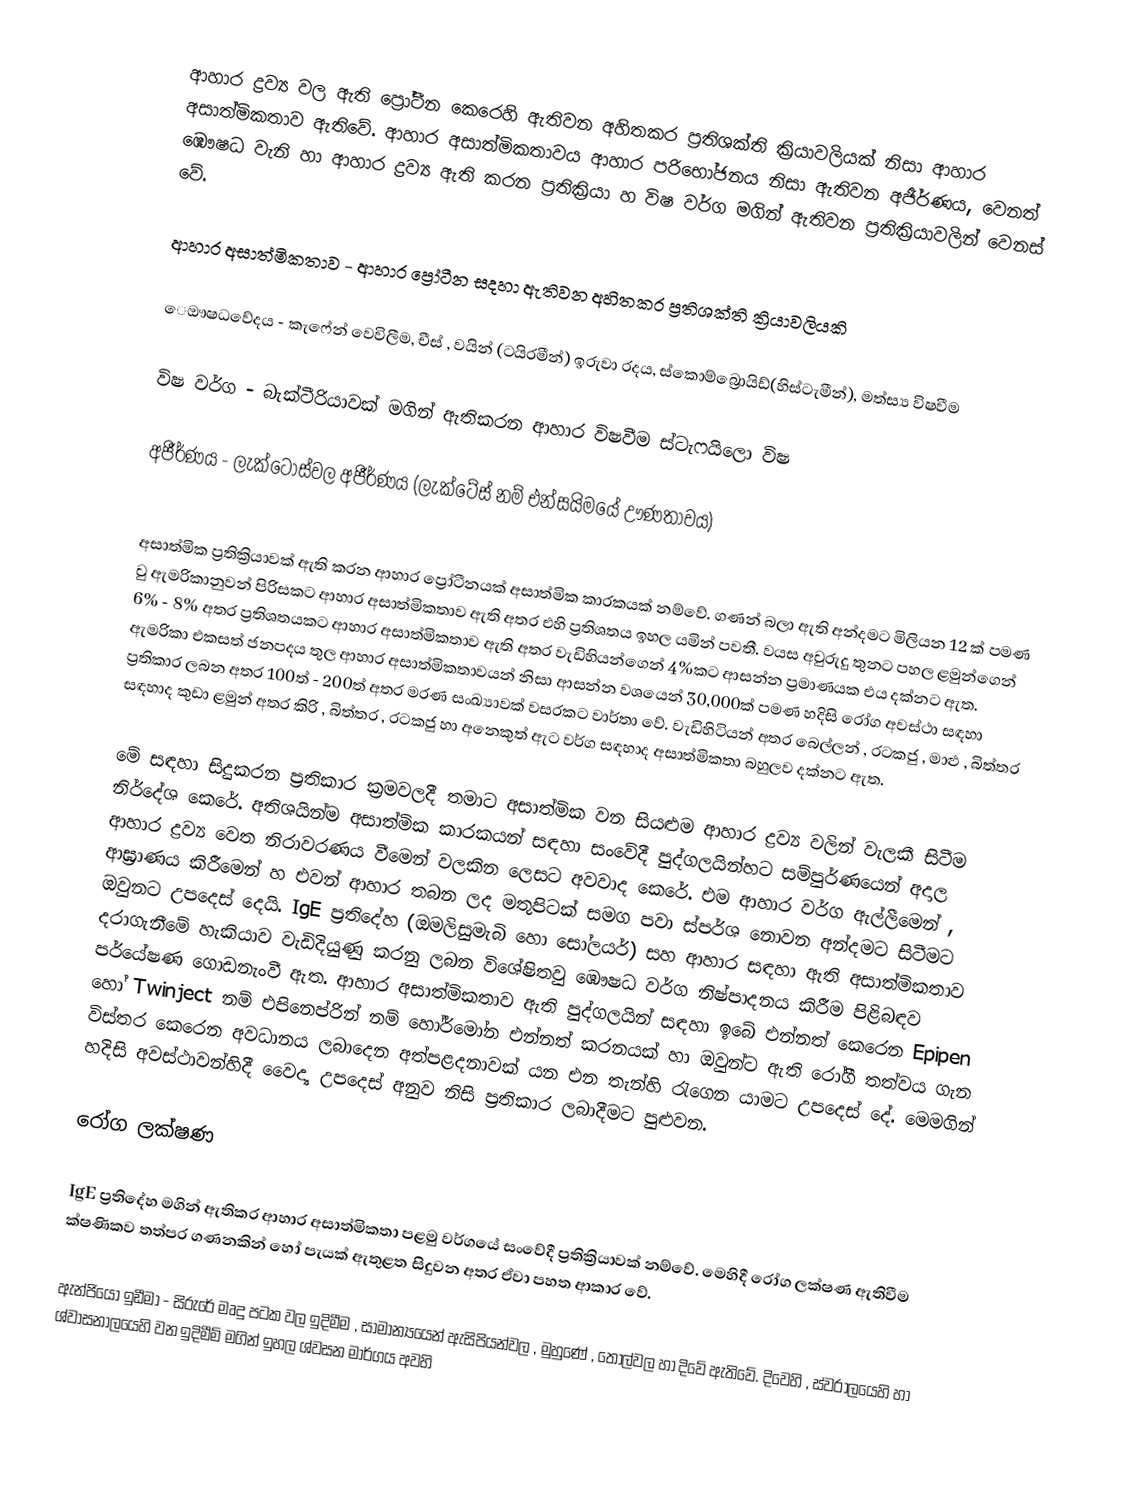
ආහාර ද්‍රව්‍ය වල ඇති ප්‍රෝටීන කෙරෙහි ඇතිවන අහිතකර ප්‍රතිශක්ති ක්‍රියාවලියක් නිසා ආහාර අසාත්මිකතාව ඇතිවේ. ආහාර අසාත්මිකතාවය ආහාර පරිභෝජනය නිසා ඇතිවන අජීර්ණය, වෙනත් ඹෞෂධ වැනි හා ආහාර ද්‍රව්‍ය ඇති කරන ප්‍රතික්‍රියා හ විෂ වර්ග මගින් ඇතිවන ප්‍රතික්‍රියාවලින් වෙනස් වේ.

ආහාර අසාත්මිකතාව	- ආහාර ප්‍රෝටීන සදහා ඇතිවන අහිතකර ප්‍රතිශක්ති ක්‍රියාවලියකි

 ෙඖෂධවේදය - කැෆේන් වෙවිලීම, චීස් , වයින් (ටයිරමීන්) ඉරුවා රදය, ස්කොම්බ්‍රොයිඩ්(හිස්ටැමීන්), මත්ස්‍ය විෂවීම

විෂ වර්ග - බැක්ටීරියාවක් මගින් ඇතිකරන	ආහාර විෂවීම ස්ටැෆයිලො විෂ

අජීර්ණය - ලැක්ටෝස්වල අජීර්ණය (ලැක්ටේස් නම් එන්සයිමයේ ඌණතාවය)

අසාත්මික ප්‍රතික්‍රියාවක් ඇති කරන ආහාර ප්‍රෝ‍ටීනයක් අසාත්මික කාරකයක් නම්වේ. ගණන් බලා ඇති අන්දමට මිලියන 12 ක් පමණ වු ඇමරිකානුවන් පිරිසකට ආහාර අසාත්මිකතාව ඇති අතර එහි ප්‍රතිශතය ඉහල යමින් පවතී. වයස අවුරුදු තුනට පහල ළමුන්ගෙන් 6% - 8%  අතර ප්‍රතිශතයකට ආහාර අසාත්මිකතාව ඇති අතර වැඩිහියන්ගෙන් 4%කට ආසන්න ප්‍රමාණයක එය දක්නට ඇත. ඇමරිකා එකසත් ජනපදය තුල ආහාර අසාත්මිකතාවයන් නිසා ආසන්න වශයෙන් 30,000ක් පමණ හදිසි රෝග අවස්ථා සඳහා ප්‍රතිකාර ලබන අතර 100ත් - 200ත් අතර මරණ සංඛ්‍යාවක් වසරකට වාර්තා වේ. වැඩිහිටියන් අතර බෙල්ලන් , රටකජු , මාළු , බිත්තර සඳහාද කුඩා ළමුන් අතර කිරි , බිත්තර , රටකජු හා අනෙකුත් ඇට වර්ග සඳහාද අසාත්මිකතා බහුලව දක්නට ඇත.

මේ සඳහා සිදුකරන ප්‍රතිකාර ක්‍රමවලදී තමාට අසාත්මික වන සියළුම ආහාර ද්‍රව්‍ය වලින් වැලකී සිටීම නිර්දේශ කෙරේ. අතිශයින්ම අසාත්මික කාරකයන් සඳහා සංවේදී පුද්ගලයින්හට සම්පුර්ණයෙන් අදාල ආහාර ද්‍රව්‍ය වෙත නිරාවරණය වීමෙන් වලකින ලෙසට අවවාද කෙරේ. එම ආහාර වර්ග ඇල්ලීමෙන් , ආඝ්‍රාණය කිරීමෙන් හ එවන් ආහාර තබන ලද මතුපිටක් සමග පවා ස්පර්ශ නොවන අන්දමට සිටීමට ඔවුනට උපදෙස් දෙයි.  IgE ප්‍රතිදේහ (ඔමලිසුමැබි හො සෝලයර්) සහ ආහාර සඳහා ඇති අසාත්මිකතාව දරාගැනීමේ හැකියාව වැඩිදියුණු කරනු ලබන විශේෂිතවු ඹෞෂධ වර්ග නිෂ්පාදනය කිරීම පිළිබඳව පර්යේෂණ ගොඩනැංවී ඇත. ආහාර අසාත්මිකතාව ඇති පුද්ගලයින්  සඳහා ඉබේ එන්නත් කෙරෙන Epipen හෝ Twinject  නම් එපිනෙප්රින් නම් හෝර්මෝන එන්නත් කරනයක් හා ඔවුන්ට ඇති රෝගී තත්වය ගැන විස්තර කෙරෙන අවධානය ලබාදෙන අත්පළදනාවක් යන එන තැන්හි රැගෙන යාමට උපදෙස් දේ. මෙමගින් හදිසි අවස්ථාවන්හිදී වෛද්‍ය උපදෙස් අනුව නිසි ප්‍රතිකාර ලබාදීමට පුළුවන.

රෝග ලක්ෂණ

IgE ප්‍රතිදේහ මගින් ඇතිකර ආහාර අසාත්මිකතා පළමු වර්ගයේ සංවේදී ප්‍රතික්‍රියාවක් නම්වේ. මෙහිදී රෝග ලක්ෂණ ඇතිවීම ක්ෂණිකව තත්පර ගණනකින් හෝ පැයක් ඇතුළත සිදුවන අතර ඒවා පහත ආකාර වේ.

 ඇන්ජියෝ ඉඩීමා	-	සිරුරේ මෘදු පටක වල ඉදිමීම , සාමාන්‍යයෙන් ඇසිපියන්වල ,  මුහුණේ , තොල්වල හා දිවේ ඇතිවේ. දිවෙහි , ස්වරාලයෙහි හා ශ්වාසනාලයෙහි වන ඉදිමීම් මගින් ඉහල ශ්වසන මාර්ගය අවහි